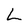
Character: L